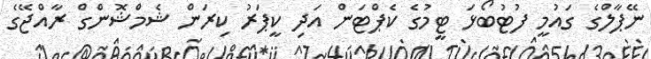
ނޭޕާލްގެ ގައުމީ ފުޓުބޯޅަ ޓީމުގެ ކެޕްޓަން އަދި ކީޕަރު ކިރަން ޝެމްޝޮންގް ރާއްޖޭގެ